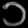
Digit: ၁